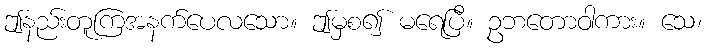
ဤနည်းတူကြအနက်ပေလသော။ ဤမှစ၍ မရေပြီ။ ဥဘတောဝါကား။ သေ၊